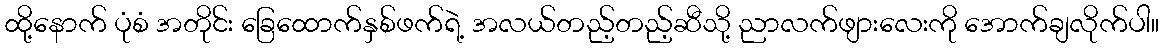
ထို့နောက် ပုံစံ အတိုင်း ခြေထောက်နှစ်ဖက်ရဲ့ အလယ်တည့်တည့်ဆီသို့ ညာလက်ဖျားလေးကို အောက်ချလိုက်ပါ။